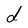
Character: d